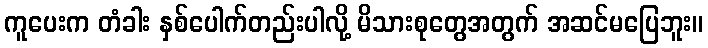
ကူပေးက တံခါး နှစ်ပေါက်တည်းပါလို့ မိသားစုတွေအတွက် အဆင်မပြေဘူး။